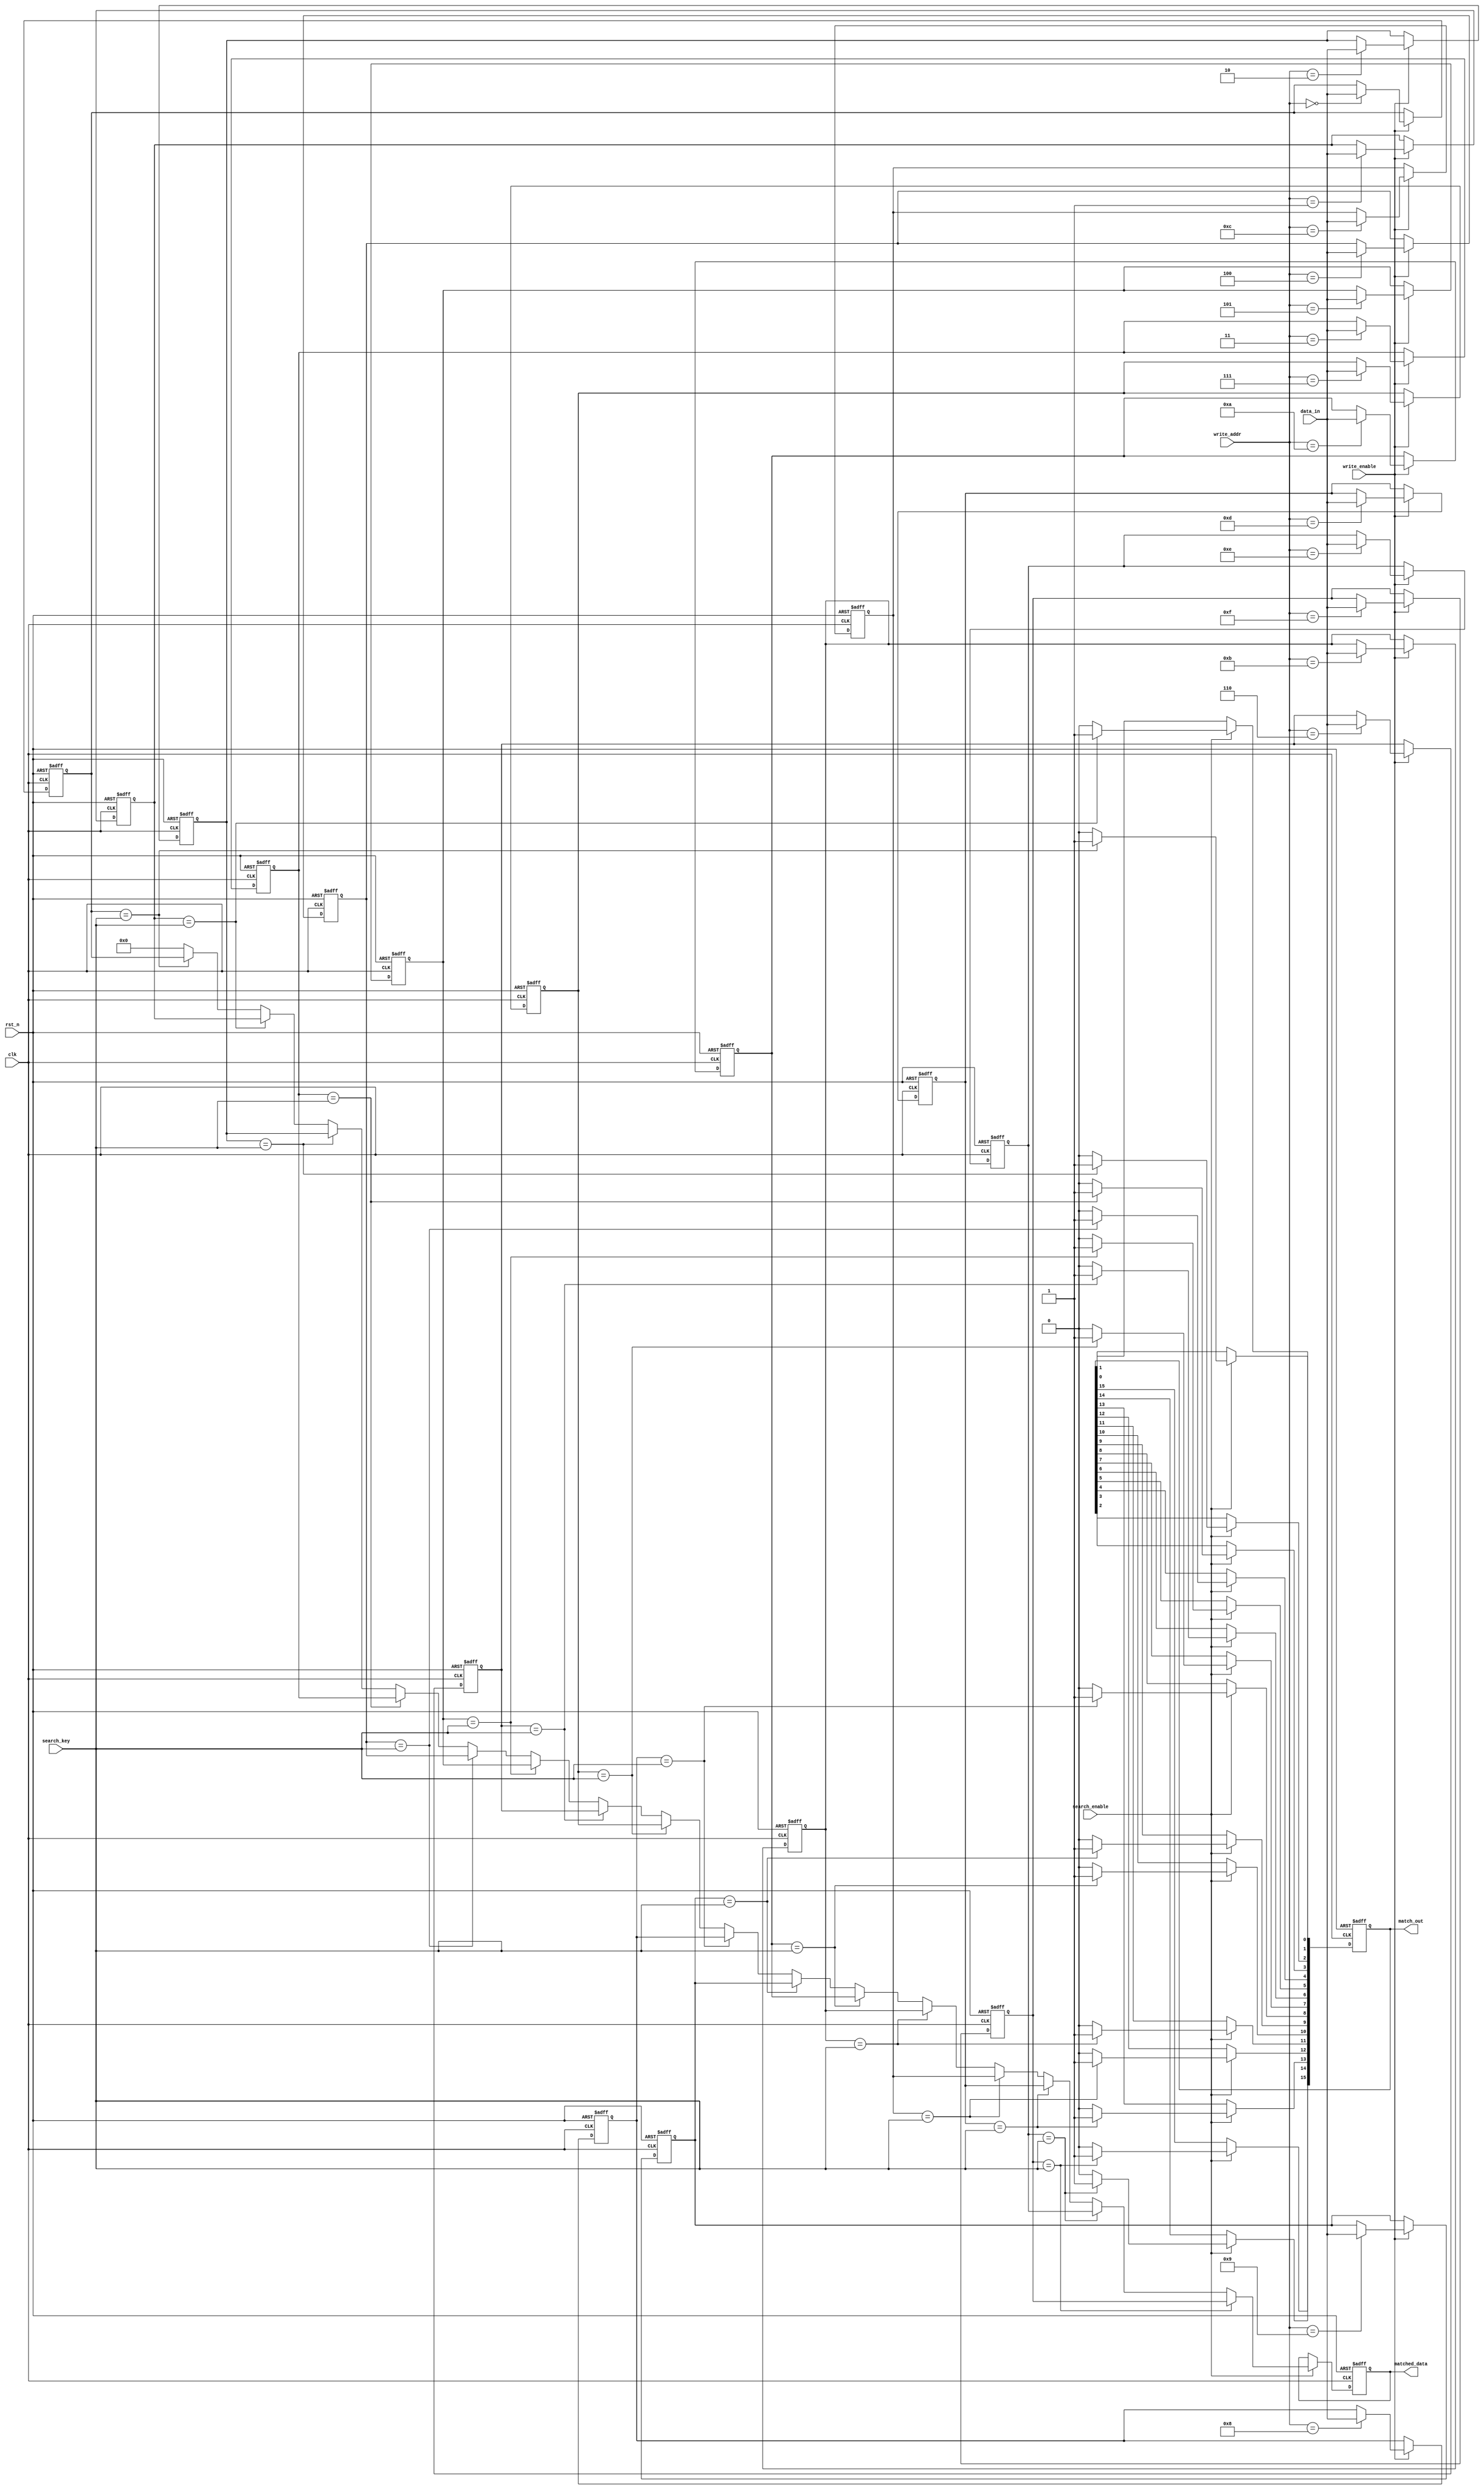
module flash_based_cam #(
    parameter ENTRY_WIDTH = 8, // Width of each entry
    parameter NUM_ENTRIES = 16  // Number of entries in the CAM
)(
    input wire clk,                     // Clock signal
    input wire rst_n,                   // Asynchronous reset (active low)
    input wire [ENTRY_WIDTH-1:0] search_key,  // Input search key
    input wire search_enable,           // Search operation enable
    input wire [ENTRY_WIDTH-1:0] data_in, // Data input for writing
    input wire write_enable,            // Write operation enable
    input wire [3:0] write_addr,        // Address of the entry to write
    output reg [NUM_ENTRIES-1:0] match_out, // Match output
    output reg [ENTRY_WIDTH-1:0] matched_data // Data of the first matched entry
);

    // Memory array to hold the CAM entries
    reg [ENTRY_WIDTH-1:0] memory [0:NUM_ENTRIES-1];

    // Initialize memory on reset
    integer i;
    always @(posedge clk or negedge rst_n) begin
        if (!rst_n) begin
            // Reset memory entries to zero
            for (i = 0; i < NUM_ENTRIES; i = i + 1) begin
                memory[i] <= {ENTRY_WIDTH{1'b0}};
            end
            match_out <= {NUM_ENTRIES{1'b0}};
            matched_data <= {ENTRY_WIDTH{1'b0}};
        end else begin
            if (write_enable) begin
                // Write data to specified address
                memory[write_addr] <= data_in;
            end
            if (search_enable) begin
                // Clear previous match results
                match_out <= {NUM_ENTRIES{1'b0}};
                matched_data <= {ENTRY_WIDTH{1'b0}};
                
                // Perform parallel search
                for (i = 0; i < NUM_ENTRIES; i = i + 1) begin
                    if (memory[i] == search_key) begin
                        match_out[i] <= 1'b1; // Set match signal
                        matched_data <= memory[i]; // Store matched data
                    end
                end
            end
        end
    end

endmodule